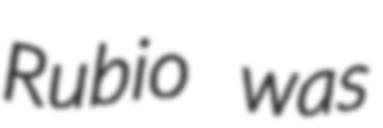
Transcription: Rubio was